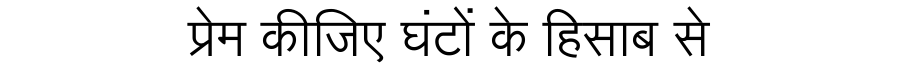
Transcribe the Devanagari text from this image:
प्रेम कीजिए घंटों के हिसाब से